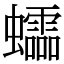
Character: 𧕅